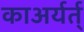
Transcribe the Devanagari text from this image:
काअर्यर्त्